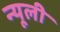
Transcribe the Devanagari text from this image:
न्यूली